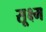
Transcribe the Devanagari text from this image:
सू्क्ष्म